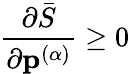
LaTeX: \frac{\partial\bar{S}}{\partial\mathbf{p}^{(\alpha)}}\geq 0